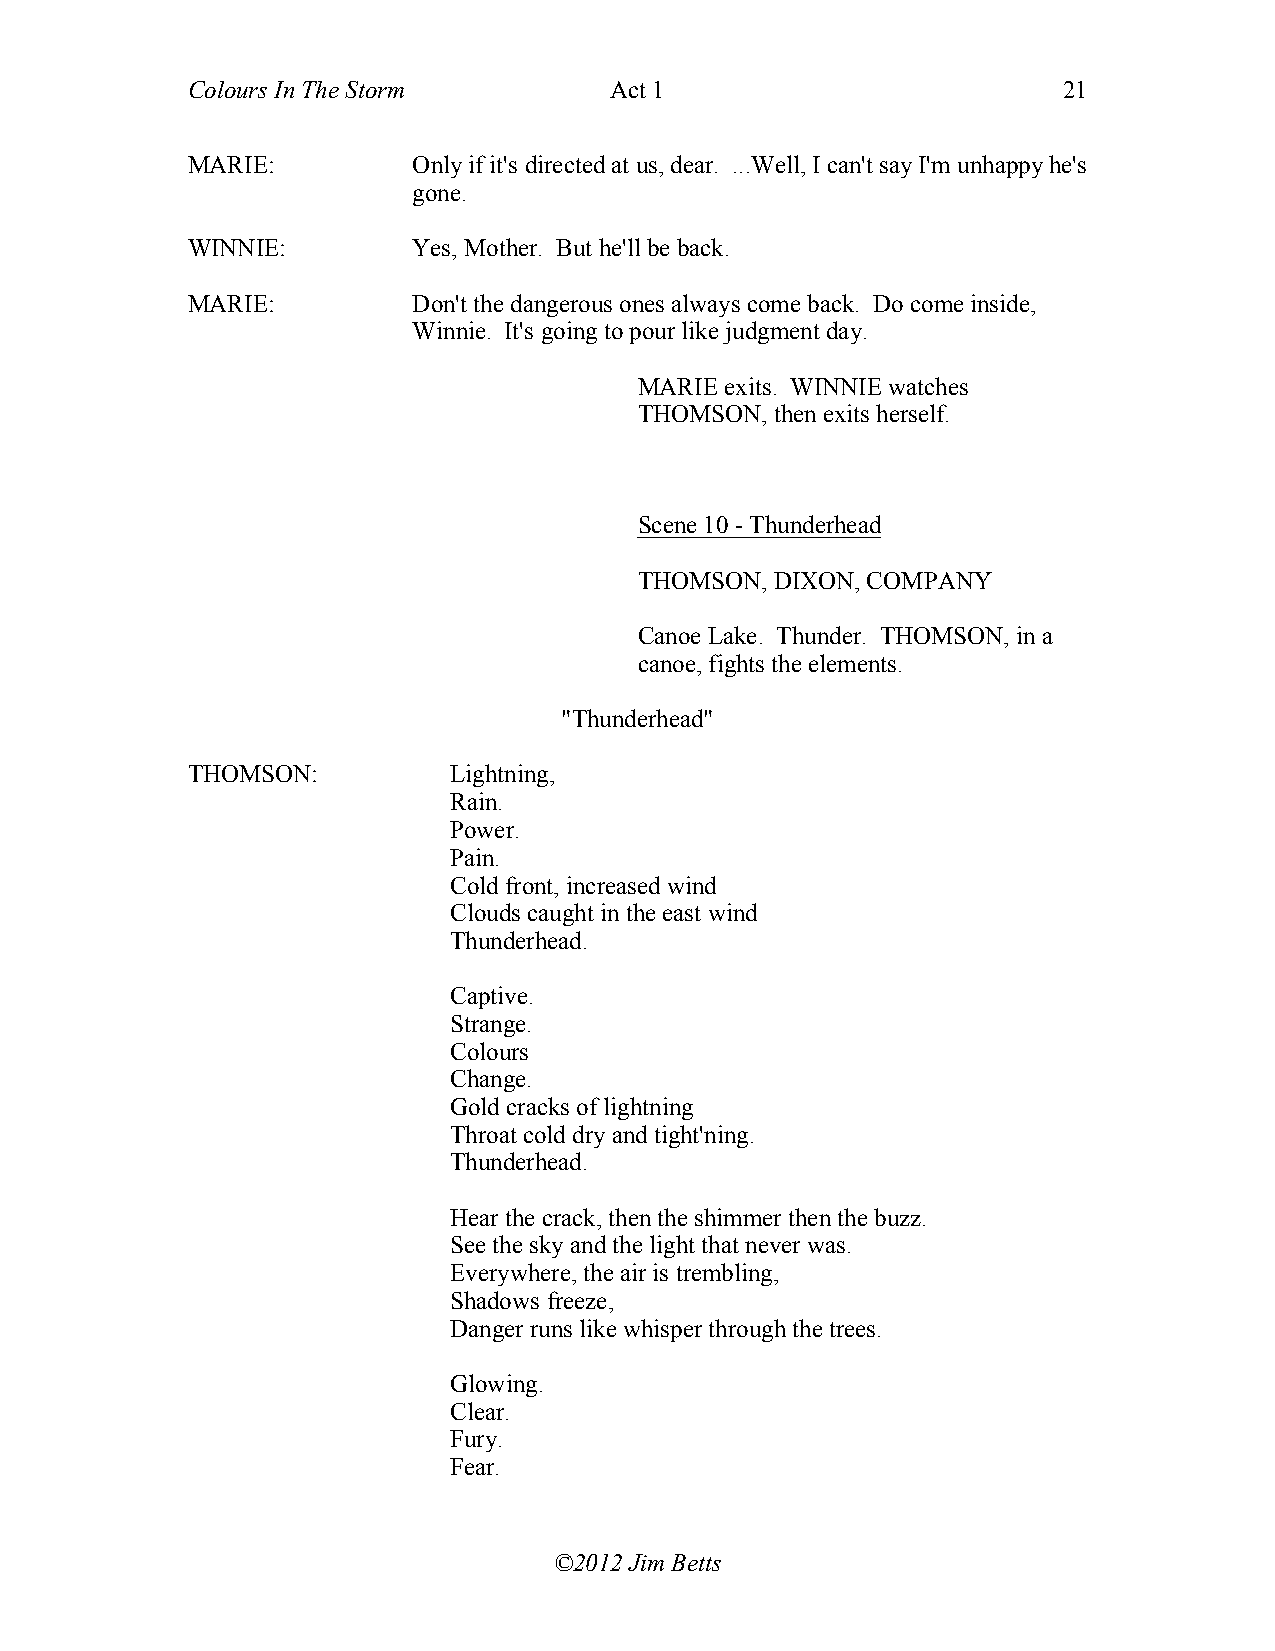
Colours In The Storm        Act 1                         21
 MARIE:         Only if it's directed at us, dear. ...Well, I can't say I'm unhappy he's
 gone.
 WINNIE:        Yes, Mother. But he'll be back.
 MARIE:         Don't the dangerous ones always come back. Do come inside,
 Winnie. It's going to pour like judgment day.
 MARIE exits. WINNIE watches
 THOMSON, then exits herself.
 Scene 10 - Thunderhead
 THOMSON, DIXON, COMPANY
 Canoe Lake. Thunder. THOMSON, in a
 canoe, fights the elements.
 "Thunderhead"
 THOMSON:          Lightning,
 Rain.
 Power.
 Pain.
 Cold front, increased wind
 Clouds caught in the east wind
 Thunderhead.
 Captive.
 Strange.
 Colours
 Change.
 Gold cracks of lightning
 Throat cold dry and tight'ning.
 Thunderhead.
 Hear the crack, then the shimmer then the buzz.
 See the sky and the light that never was.
 Everywhere, the air is trembling,
 Shadows freeze,
 Danger runs like whisper through the trees.
 Glowing.
 Clear.
 Fury.
 Fear.
 ©2012 Jim Betts